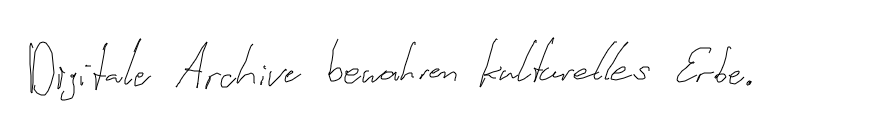
Digitale Archive bewahren kulturelles Erbe.